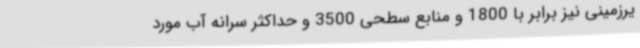
یرزمینی نیز برابر با 1800 و منابع سطحی 3500 و حداکثر سرانه آب مورد